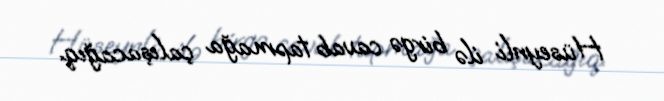
Hüseynli ilə birgə cavab tapmağa çalışacağıq.